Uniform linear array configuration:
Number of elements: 32
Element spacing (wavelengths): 0.75
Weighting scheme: hann
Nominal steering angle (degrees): -30
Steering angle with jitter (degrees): -30.025
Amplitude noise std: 0.05
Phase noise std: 0.05

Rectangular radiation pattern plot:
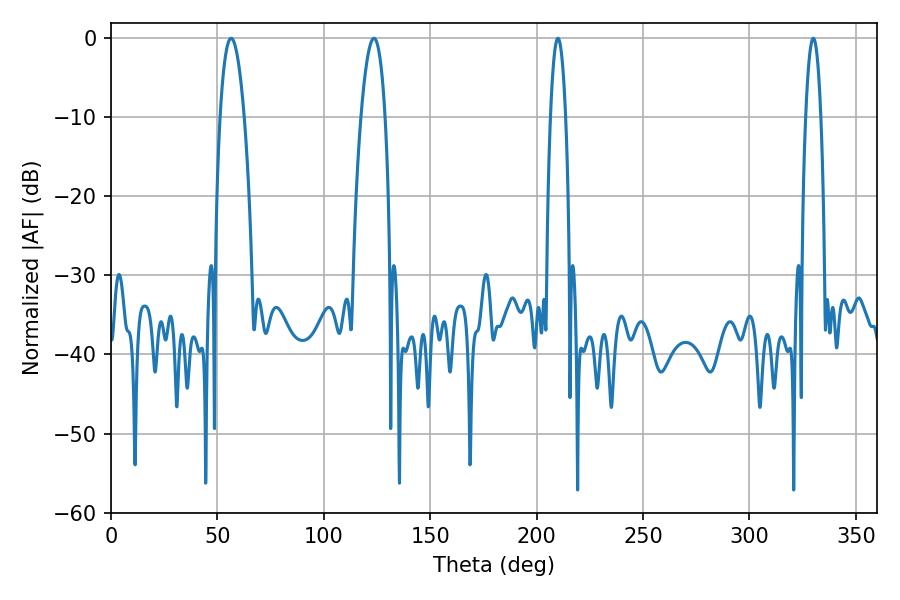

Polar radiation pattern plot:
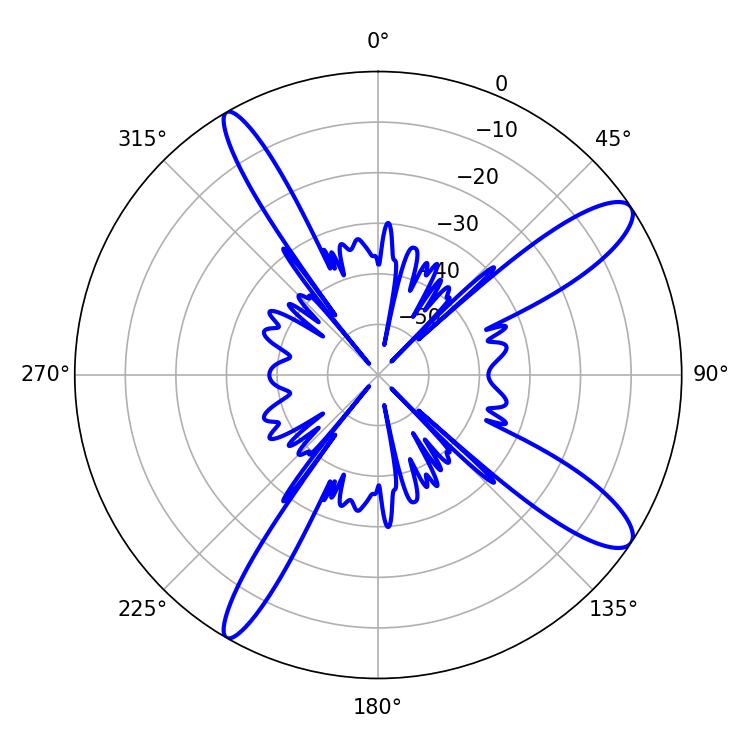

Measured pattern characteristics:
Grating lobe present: TRUE
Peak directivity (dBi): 12.137
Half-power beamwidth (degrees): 6.3
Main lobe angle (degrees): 56.52